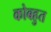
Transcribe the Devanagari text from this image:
कोबहुत